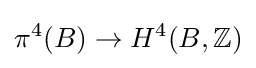
\pi ^{4}(B)\rightarrow H^{4}(B,\mathbb {Z} )